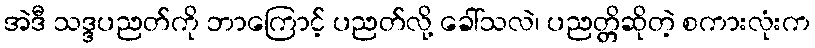
အဲဒီ သဒ္ဒပညတ်ကို ဘာကြောင့် ပညတ်လို့ ခေါ်သလဲ၊ ပညတ္တိဆိုတဲ့ စကားလုံးက